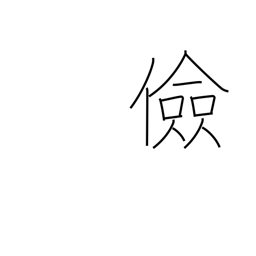
Meaning: thrifty